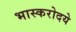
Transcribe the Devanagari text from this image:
भास्करोदये